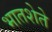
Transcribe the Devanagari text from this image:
भातशेते